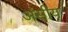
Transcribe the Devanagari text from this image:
अंसीय